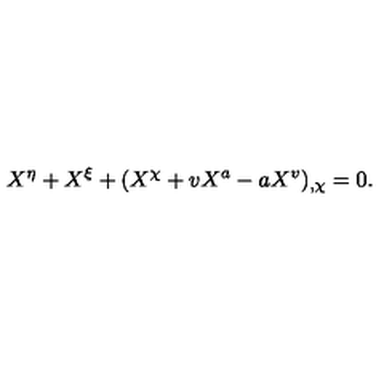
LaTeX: X ^ { \eta } + X ^ { \xi } + ( X ^ { \chi } + v X ^ { a } - a X ^ { v } ) _ { , \chi } = 0 .